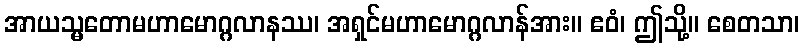
အာယသ္မတောမဟာမောဂ္ဂလာနဿ၊ အရှင်မဟာမောဂ္ဂလာန်အား။ ဧဝံ၊ ဤသို့။ စေတသာ၊